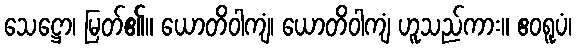
သေဋ္ဌော၊ မြတ်၏။ ယောတိဝါကျံ၊ ယောတိဝါကျံ ဟူသည်ကား။ ဧဝရူပံ၊